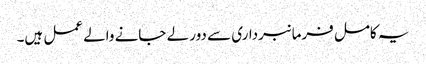
یہ کامل فرمانبرداری سے دور لے جانے والے عمل ہیں۔